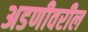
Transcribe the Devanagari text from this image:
अडणीवरील